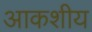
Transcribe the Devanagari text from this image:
आकशीय